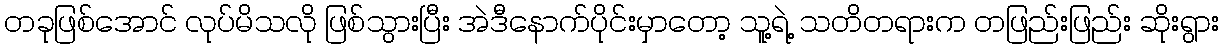
တခုဖြစ်အောင် လုပ်မိသလို ဖြစ်သွားပြီး အဲဒီနောက်ပိုင်းမှာတော့ သူ့ရဲ့ သတိတရားက တဖြည်းဖြည်း ဆိုးရွား